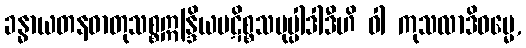
ခန္ဓာယတနဓာတုသစ္စဣန္ဒြိယပဋိစ္စသမုပ္ပါဒါဒီဟိ ဝါ ကုသလာဒိဓမ္မေ,